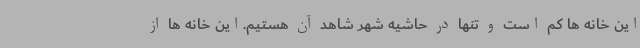
این خانه ها کم است و تنها در حاشیه شهر شاهد آن هستیم.این خانه ها از